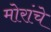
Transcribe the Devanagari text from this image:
मोरांचे